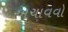
બચાવવો